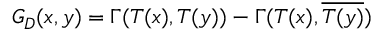
G _ { D } ( x , y ) = \Gamma ( T ( x ) , T ( y ) ) - \Gamma ( T ( x ) , \overline { { T ( y ) } } )